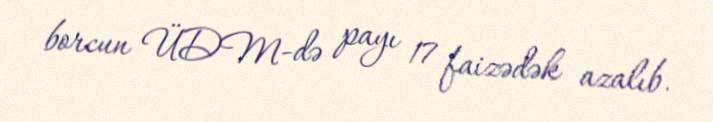
borcun ÜDM-də payı 17 faizədək azalıb.